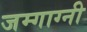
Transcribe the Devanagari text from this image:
जम्गाग्नी